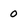
Character: 0